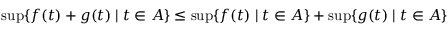
\operatorname* { s u p } \{ f ( t ) + g ( t ) \mid t \in A \} \leq \operatorname* { s u p } \{ f ( t ) \mid t \in A \} + \operatorname* { s u p } \{ g ( t ) \mid t \in A \}